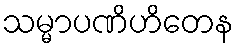
သမ္မာပဏိဟိတေန